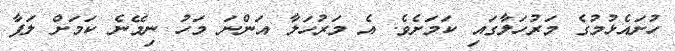
ހުށައެޅުމުގެ މަރުހަލާގައި ކަމަށެވެ. އެ މަރުހަލާ އަންނަ މަހު ނިމޭނެ ކަމަށް ލަފާ